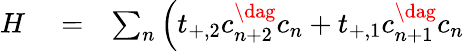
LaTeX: \begin{array}{rlr}{H}&{{}=}&{\sum_{n}\left(t_{+,2}c_{n+2}^{\dag}c_{n}+t_{+,1}c_{n+1}^{\dag}c_{n}\right.}\end{array}